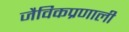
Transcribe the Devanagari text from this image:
जैविकप्रणाली